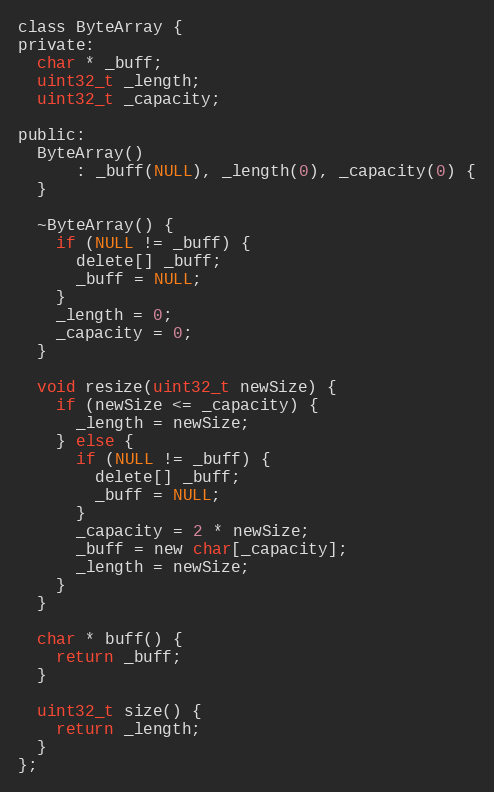
Language: C
class ByteArray {
private:
  char * _buff;
  uint32_t _length;
  uint32_t _capacity;

public:
  ByteArray()
      : _buff(NULL), _length(0), _capacity(0) {
  }

  ~ByteArray() {
    if (NULL != _buff) {
      delete[] _buff;
      _buff = NULL;
    }
    _length = 0;
    _capacity = 0;
  }

  void resize(uint32_t newSize) {
    if (newSize <= _capacity) {
      _length = newSize;
    } else {
      if (NULL != _buff) {
        delete[] _buff;
        _buff = NULL;
      }
      _capacity = 2 * newSize;
      _buff = new char[_capacity];
      _length = newSize;
    }
  }

  char * buff() {
    return _buff;
  }

  uint32_t size() {
    return _length;
  }
};